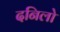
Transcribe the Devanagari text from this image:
दनिलो